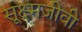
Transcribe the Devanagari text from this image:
सूक्ष्‍मजीवी